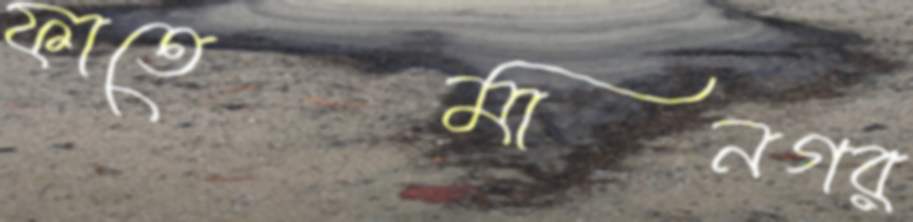
ফাতেমানগর